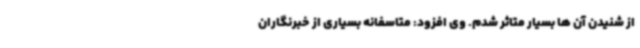
از شنیدن آن ها بسیار متاثر شدم. وی افزود: متاسفانه بسیاری از خبرنگاران